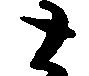
と